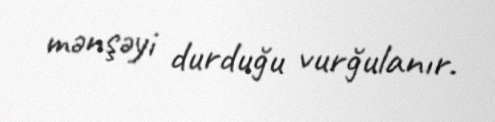
mənşəyi durduğu vurğulanır.